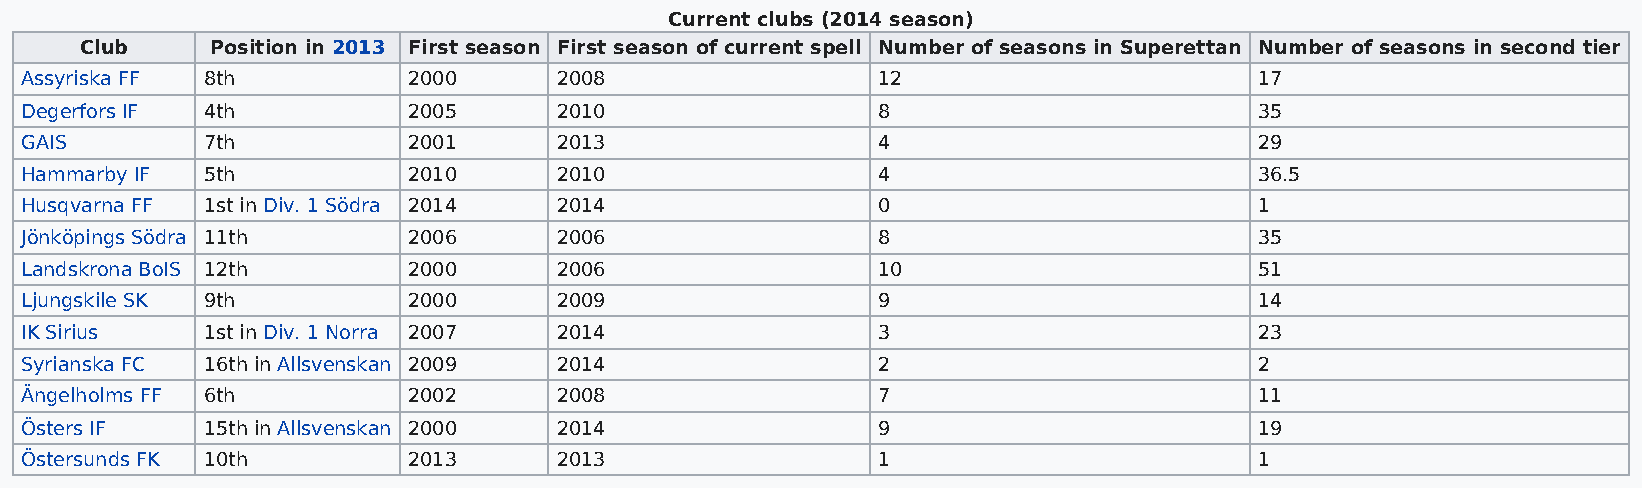
Current clubs (2014 season)
 Club     Position in 2013 First season First season of current spell Number of seasons in Superettan Number of seasons in second tier
 Assyriska FF 8th          2000      2008                 12                       17
 Degerfors IF 4th          2005      2010                 8                        35
 GAIS        7th           2001      2013                 4                        29
 Hammarby IF 5th           2010      2010                 4                        36.5
 Husqvarna FF 1st in Div. 1 Södra 2014 2014               0                        1
 Jönköpings Södra 11th     2006      2006                 8                        35
 Landskrona BoIS 12th      2000      2006                 10                       51
 Ljungskile SK 9th         2000      2009                 9                        14
 IK Sirius   1st in Div. 1 Norra 2007 2014                3                        23
 Syrianska FC 16th in Allsvenskan 2009 2014               2                        2
 Ängelholms FF 6th         2002      2008                 7                        11
 Östers IF   15th in Allsvenskan 2000 2014                9                        19
 Östersunds FK 10th        2013      2013                 1                        1